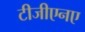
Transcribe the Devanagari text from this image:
टीजीएनए